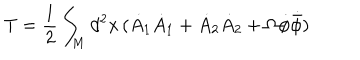
LaTeX: T = \frac { 1 } { 2 } \int _ { M } d ^ { 2 } x \, ( \dot { A } _ { 1 } \dot { A } _ { 1 } + \dot { A } _ { 2 } \dot { A } _ { 2 } + \Omega \dot { \phi } \dot { { \bar { \phi } } } )